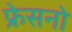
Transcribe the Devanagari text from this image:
फ्रेसनो